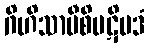
ဂိဟိသာမီစိပဋိပဒံ